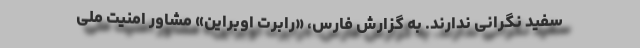
سفید نگرانی ندارند. به گزارش فارس،‌ «رابرت اوبراین» مشاور امنیت ملی